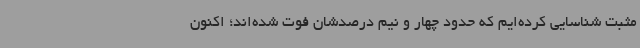
مثبت شناسایی کرده‌ایم که حدود چهار و نیم درصدشان فوت شده‌اند؛ اکنون